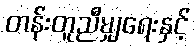
တန်းတူညီမျှရေးနှင့်